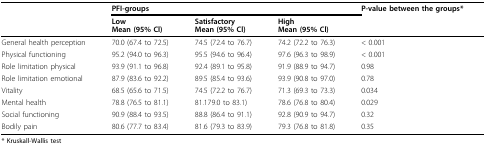
<table><thead><tr><td></td><td colspan="3"><b>PFI-groups</b></td><td><b>P-valuebetween the groups*</b></td></tr><tr><td></td><td><b>LowMean (95% Cl)</b></td><td><b>SatisfactoryMean (95% Cl)</b></td><td><b>HighMean (95% Cl)</b></td><td></td></tr></thead><tbody><tr><td>General health perception</td><td>70.0 (67.4 to 72.5)</td><td>74.5 (72.4 to 76.7)</td><td>74.2 (72.2 to 76.3)</td><td>&lt; 0.001</td></tr><tr><td>Physical functioning</td><td>95.2 (94.0 to 96.3)</td><td>95.5 (94.6 to 96.4)</td><td>97.6 (96.3 to 98.9)</td><td>&lt; 0.001</td></tr><tr><td>Role limitation physical</td><td>93.9 (91.1 to 96.8)</td><td>92.4 (89.1 to 95.8)</td><td>91.9 (88.9 to 94.7)</td><td>0.98</td></tr><tr><td>Role limitation emotional</td><td>87.9 (83.6 to 92.2)</td><td>89.5 (85.4 to 93.6)</td><td>93.9 (90.8 to 97.0)</td><td>0.78</td></tr><tr><td>Vitality</td><td>68.5 (65.6 to 71.5)</td><td>74.5 (72.2 to 76.7)</td><td>71.3 (69.3 to 73.3)</td><td>0.034</td></tr><tr><td>Mental health</td><td>78.8 (76.5 to 81.1)</td><td>81.179.0 to 83.1)</td><td>78.6 (76.8 to 80.4)</td><td>0.029</td></tr><tr><td>Social functioning</td><td>90.9 (88.4 to 93.5)</td><td>88.8 (86.4 to 91.1)</td><td>92.8 (90.9 to 94.7)</td><td>0.32</td></tr><tr><td>Bodily pain</td><td>80.6 (77.7 to 83.4)</td><td>81.6 (79.3 to 83.9)</td><td>79.3 (76.8 to 81.8)</td><td>0.35</td></tr></tbody></table>